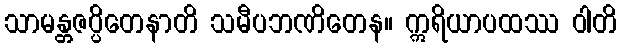
သာမန္တဇပ္ပိတေနာတိ သမီပဘဏိတေန။ ဣရိယာပထဿ ဝါတိ